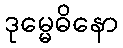
ဒုမ္မေဓိနော